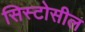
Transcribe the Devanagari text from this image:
सिस्टोसील